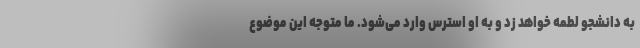
به دانشجو لطمه خواهد زد و به او استرس وارد می‌شود. ما متوجه این موضوع